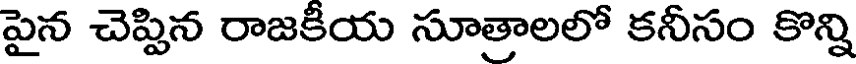
పైన చెప్పిన రాజకీయ సూత్రాలలో కనీసం కొన్ని